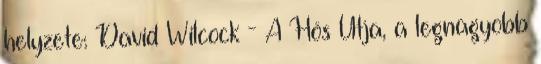
helyzete: David Wilcock - A Hős Útja, a legnagyobb